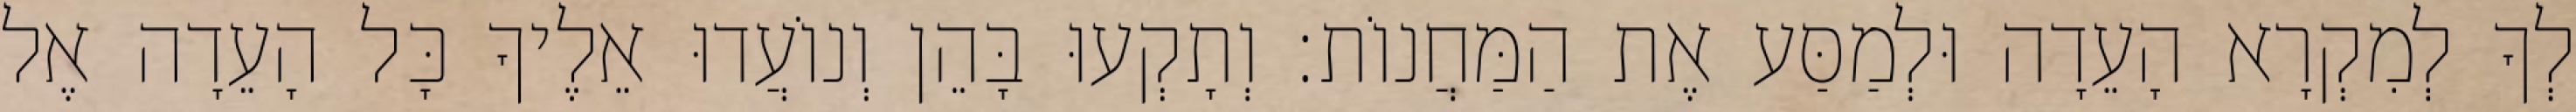
לְךָ לְמִקְרָא הָעֵדָה וּלְמַסַּע אֶת הַמַּחֲנוֹת׃ וְתָקְעוּ בָּהֵן וְנוֹעֲדוּ אֵלֶיךָ כָּל הָעֵדָה אֶל